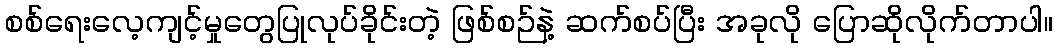
စစ်ရေးလေ့ကျင့်မှုတွေပြုလုပ်ခိုင်းတဲ့ ဖြစ်စဉ်နဲ့ ဆက်စပ်ပြီး အခုလို ပြောဆိုလိုက်တာပါ။